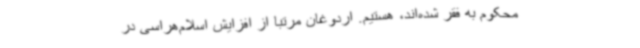
محکوم به فقر شده‌اند، هستیم. اردوغان مرتبا از افزایش اسلام‌هراسی در